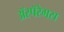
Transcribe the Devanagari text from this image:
ॲस्पॅरेगस